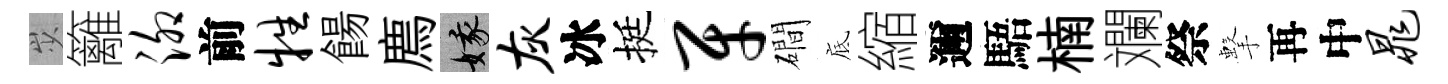
𡵯籬泖前牲餳廌娥灰冰挺牙磵底縮邇䮏楠斕祭擊再中晁